Vaccine operations Central Provinces & Berar 1912-1920 - 1912-1920
Year: 1912
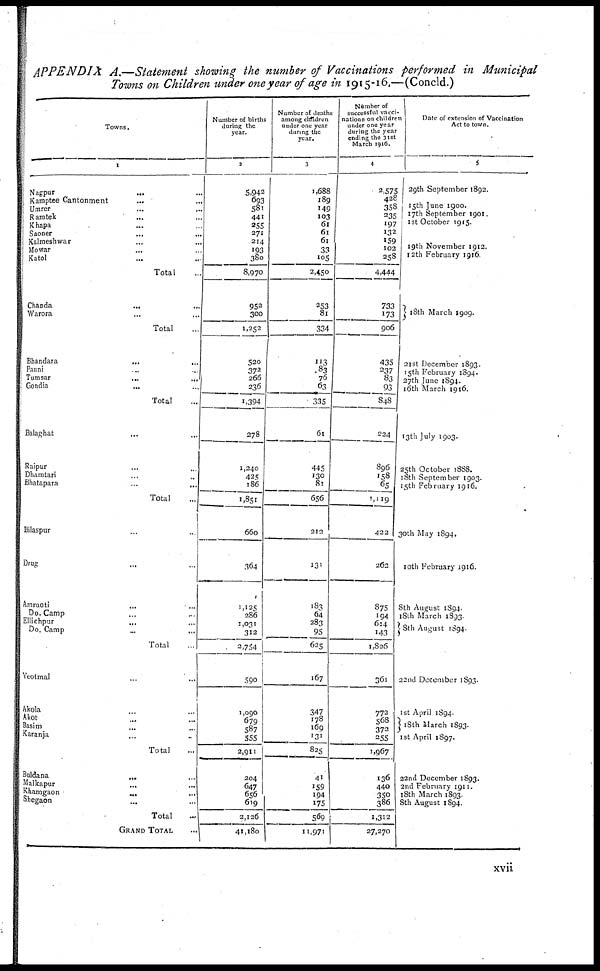
APPENDIX A.—Statement showing the number of Vaccinations performed in Municipal
Towns on Children under one year of age in 1915-16.—(Concld.)
Towns.
1
Nagpur... ...
Kamptee Cantönment... ...
Umrer... ...
Ramtek...
...
Khapa... ...
Saoner... ...
Kalmeshwar... ...
Mowar... ...
Katol... ...
Total...
Chanda... ...
Warora... ...
Total...
Bhandara...
...
Pauni... ...
Tumsar...
...
Gondia... ...
Total...
Balaghat... ...
Raipur... ...
Dhamtari... ...
Bhatapara... ...
Total...
Bilaspur... ...
Drug... ...
Amraoti... ...
Do. Camp... ...
Ellichpur... ...
Do. Camp... ...
Total... ...
Yeotmal... ...
Akola... ...
Akot... ...
Basim... ...
Karanja... ...
Total...
Buldana... ...
Malkapur... ...
Khamgaon... ...
Shegaon... ...
Total...
GRAND TOTAL...
Number of births
during the
year.
2
5,942
693
581
441
255
271
214
193
380
8,970
952
300
1,252
520
372
266
236
1,394
278
1,240
425
186
1,851
660
364
1,125
286
1,031
312
2,754
590
1,090
679
587
555
2,911
204
647
656
619
2,126
41,180
Number of deaths
among children
under one year
during the
year.
3
1,688
189
149
103
61
61
61
33
105
2,450
253
81
334
113
83
76
63
335
61
445
130
81
656
212
131
183
64
283
95
625
167
347
178
169
131
825
41
159
194
175
569
11,971
Number of
successful vacci-
nations on children
under one year
during the year
ending the 31st
March 1916.
4
2,575
428
358
235
197
132
159
102
258
4,444
733
173
906
435
237
83
93
848
224
896
158
65
1,119
422
262
875
194
614
143
1,826
361
772
568
372
255
1,967
136
440
350
386
1,312
27,270
Date of extension of Vaccination
Act to town.
5
29th September 1892.
15th June 1900.
17th September 1901.
1st October 1915.
19th November 1912.
12th February 1916.
18th March 1909.
15th February 1894.
27th June 1894.
16th March 1916.
13th July 1903.
25th October 1888.
18th September 1903.
15th February 1916.
30th May 1894.
10th February 1916.
8th August 1894.
18th March 1893.
8th August 1894.
22nd December 1893.
1st April 1894.
18th March 1893.
1st April 1897.
22nd December 1893.
2nd February 1911.
18th March 1893.
8th August 1894.
xvii